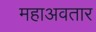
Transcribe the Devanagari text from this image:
महाअवतार